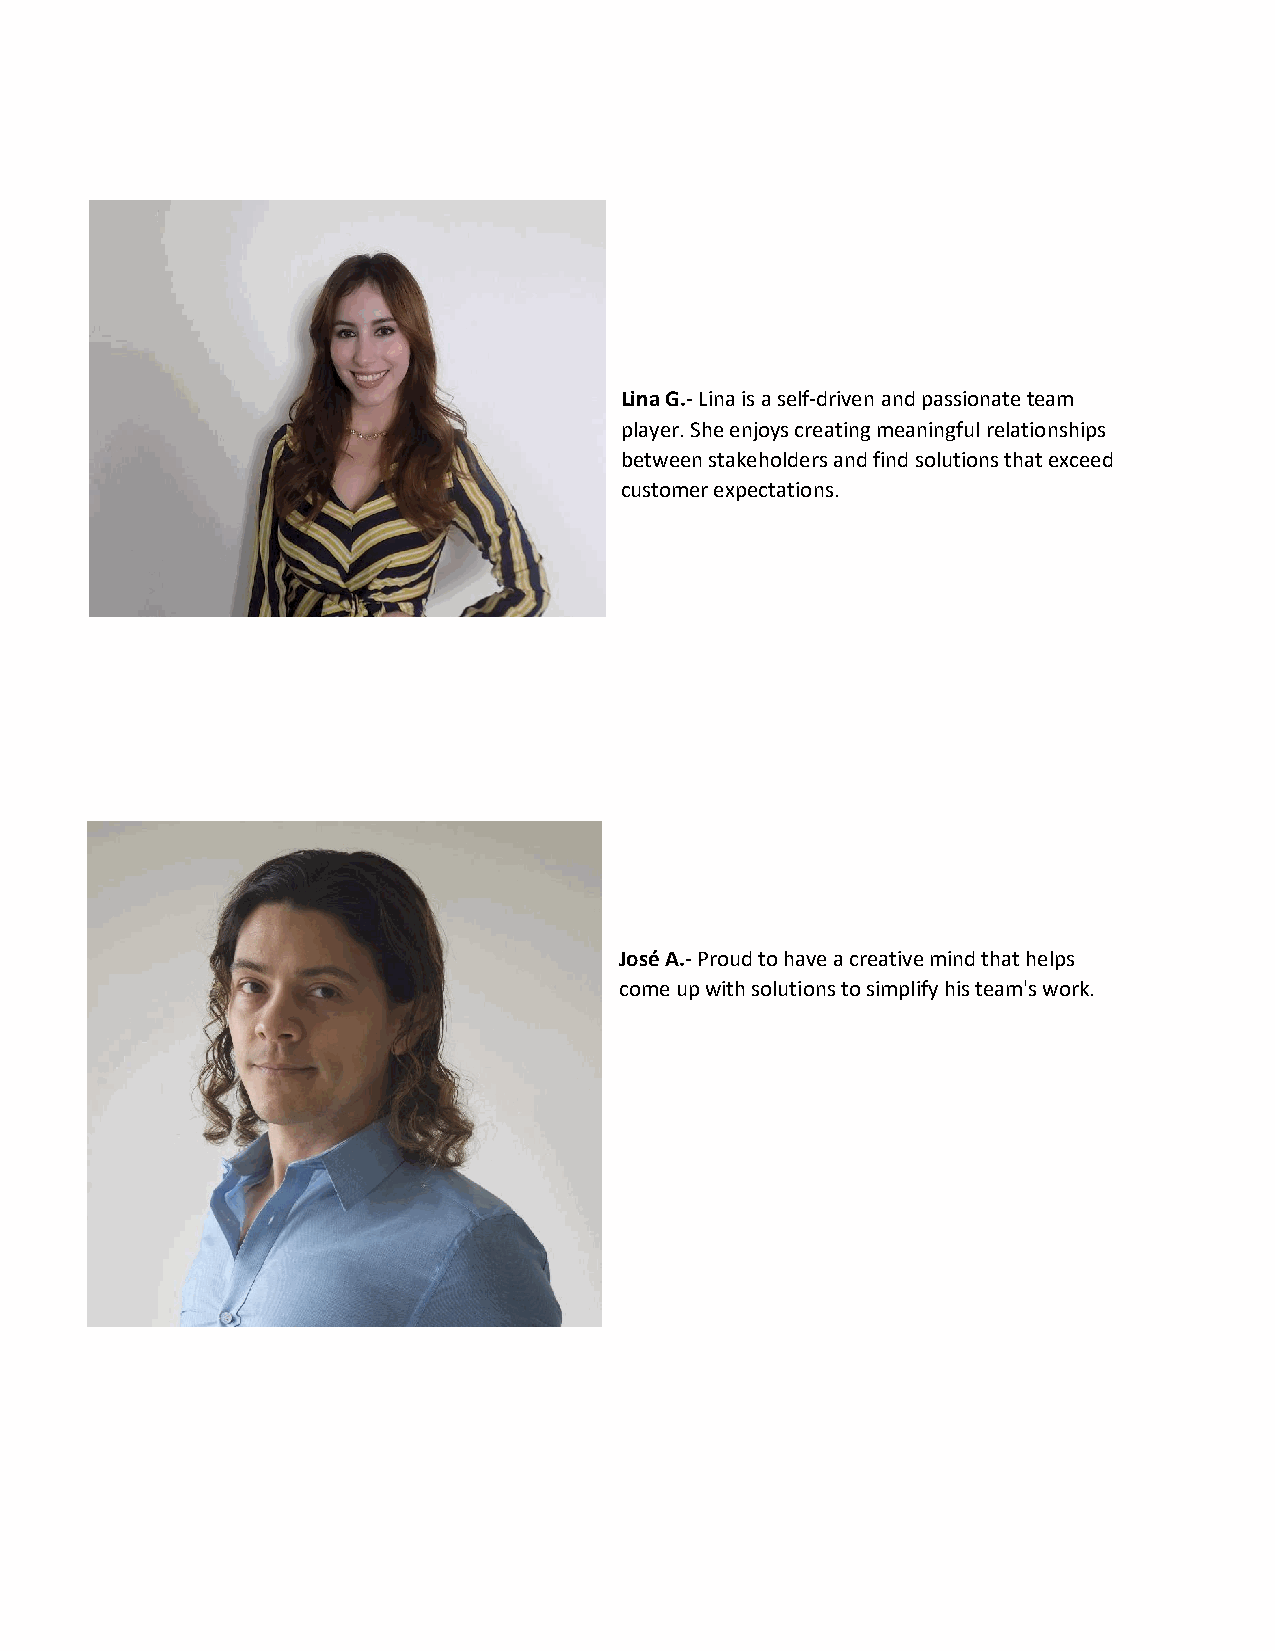
Lina G.- Lina is a self-driven and passionate team
 player. She enjoys creating meaningful relationships
 between stakeholders and find solutions that exceed
 customer expectations.
 José A.- Proud to have a creative mind that helps
 come up with solutions to simplify his team's work.